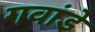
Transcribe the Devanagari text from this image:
गवांडे